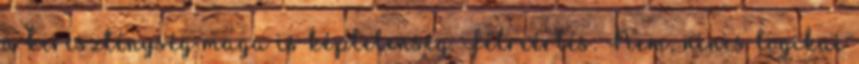
a kereszténység maga is képtelenség. Félreértés: Nem, nincs logikai